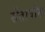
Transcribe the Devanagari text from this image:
सेंतावोस